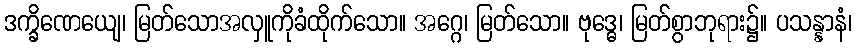
ဒက္ခိဏေယျေ၊ မြတ်သောအလှူကိုခံထိုက်သော။ အဂ္ဂေ၊ မြတ်သော။ ဗုဒ္ဓေ၊ မြတ်စွာဘုရား၌။ ပသန္နာနံ၊